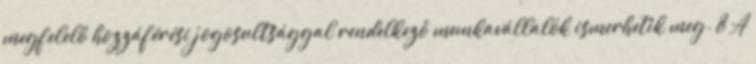
megfelelő hozzáférési jogosultsággal rendelkező munkavállalók ismerhetik meg. 8 A